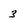
Character: 3